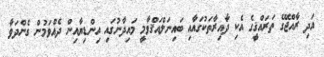
އަދި ރާއްޖޭގެ ތަރައްޤީގެ އެކި ދާއިރާތަކުގައާއި ބައިނަލްއަޤްވާމީ މައިދާނުގައި އިންޑިޔާއިން ދެއްވަމުން ގެންދަވާ